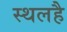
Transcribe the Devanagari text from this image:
स्थलहै